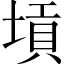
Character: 𡎴